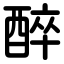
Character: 醉